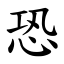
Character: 恐